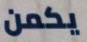
يكمن